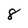
Character: 8